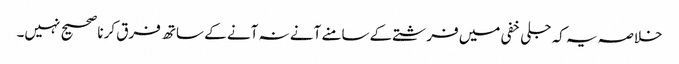
خلاصہ یہ کہ جلی خفی میں فرشتے کےسامنے آنے نہ آنے کے ساتھ فرق کرنا صحیح نہیں۔